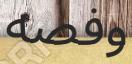
وفصه